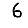
Digit: 6